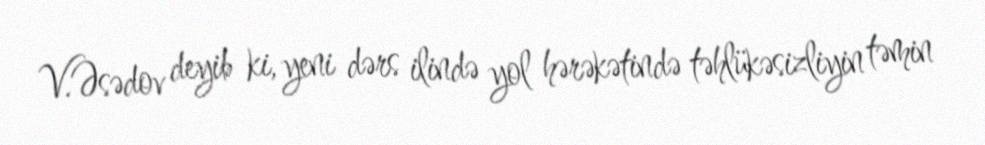
V.Əsədov deyib ki, yeni dərs ilində yol hərəkətində təhlükəsizliyin təmin